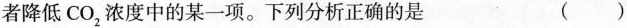
者降低CO_{2}，浓度中的某一项。下列分析正确的是 ( )